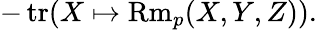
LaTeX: -\operatorname{tr}(X\mapsto\operatorname{Rm}_{p}(X,Y,Z)).